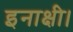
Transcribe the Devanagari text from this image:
इनाक्षी।